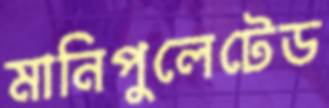
মানিপুলেটেড